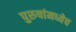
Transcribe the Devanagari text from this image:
पुरुषांमध्येच